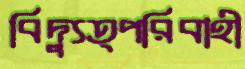
বিদ্যুত্পরিবাহী